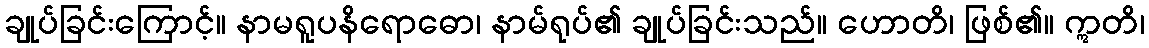
ချုပ်ခြင်းကြောင့်။ နာမရူပနိရောဓော၊ နာမ်ရုပ်၏ ချုပ်ခြင်းသည်။ ဟောတိ၊ ဖြစ်၏။ ဣတိ၊